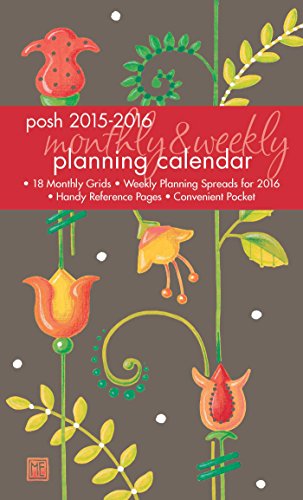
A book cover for Posh: Floral Stalks 2015-2016 Monthly/Weekly Planning Calendar; Mary Engelbreit; Arts & Photography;